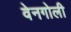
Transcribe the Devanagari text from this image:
वेनगोली